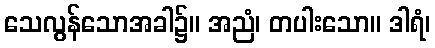
သေလွန်သောအခါ၌။ အညံ၊ တပါးသော။ ဒါရံ၊